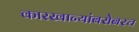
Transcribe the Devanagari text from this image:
कारखान्यांबरोबरच